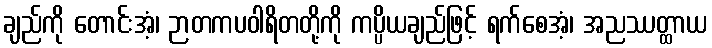
ချည်ကို တောင်းအံ့၊ ဉာတကပဝါရိတတို့ကို ကပ္ပိယချည်ဖြင့် ရက်စေအံ့၊ အညဿတ္ထာယ